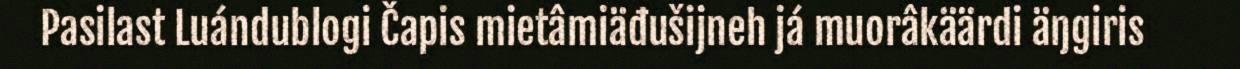
Pasilast Luándublogi Čapis mietâmiäđušijneh já muorâkäärdi äŋgiris